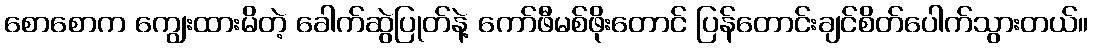
စောစောက ကျွေးထားမိတဲ့ ခေါက်ဆွဲပြုတ်နဲ့ ကော်ဖီမစ်ဖိုးတောင် ပြန်တောင်းချင်စိတ်ပေါက်သွားတယ်။